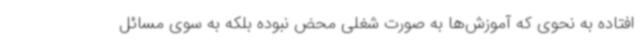
افتاده به نحوی که آموزش‌ها به صورت شغلی محض نبوده بلکه به سوی مسائل